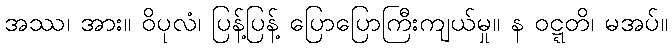
အဿ၊ အား။ ဝိပုလံ၊ ပြန့်ပြန့် ပြောပြောကြီးကျယ်မှု။ န ဝဋ္ဋတိ၊ မအပ်။